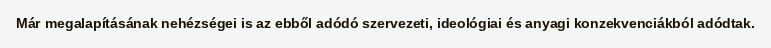
Már megalapításának nehézségei is az ebből adódó szervezeti, ideológiai és anyagi konzekvenciákból adódtak.